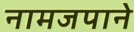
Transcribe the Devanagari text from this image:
नामजपाने